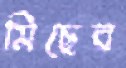
মিছের